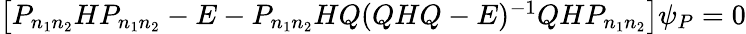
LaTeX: \begin{array}{r}{\big[P_{n_{1}n_{2}}HP_{n_{1}n_{2}}-E-P_{n_{1}n_{2}}HQ(QHQ-E)^{-1}QHP_{n_{1}n_{2}}\big]\psi_{P}=0}\end{array}